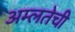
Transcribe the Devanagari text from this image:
अम्लतेची